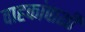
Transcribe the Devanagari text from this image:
वाहकांपाशी